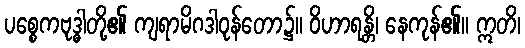
ပစ္စေကဗုဒ္ဓါတို့၏ ကျရာမိဂဒါဝုန်တော၌။ ဝိဟာရန္တိ၊ နေကုန်၏။ ဣတိ၊